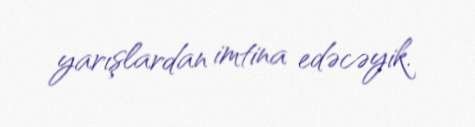
yarışlardan imtina edəcəyik.